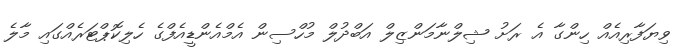
ވިޔަފާރިއެއް ހިންގާ އެ ރަށު ޝިލްނާމަންޒިލް އަބްދުލް މުހްސިން އެމްއެންޑީއެފްގެ ހެލިކޮޕްޓަރެއްގައި މާލެ